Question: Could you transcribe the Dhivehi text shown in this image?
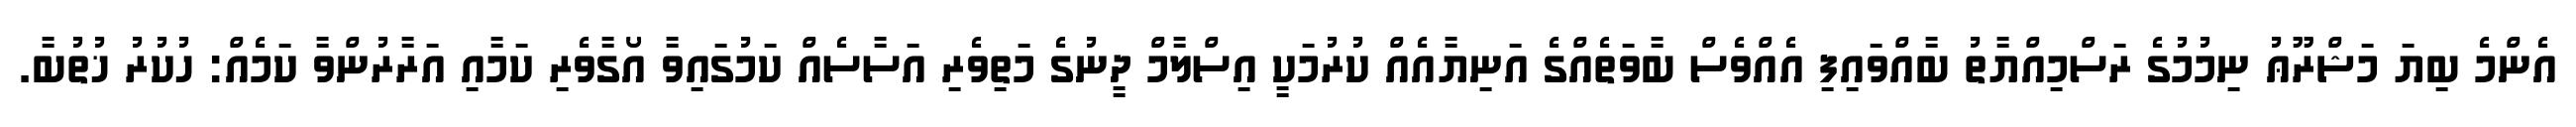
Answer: އެންމެ ބިޔަ މަޝްރޫޢު ނިމުމުގެ ރަސްމިއްޔާތު ބާއްވައިފި އެއްވެސް ބާވަތެއްގެ އަނިޔާއެއް ކުރުމަކީ އިސްލާމް ދީނުގެ މަތިވެރި އަސާސެއް ކަމުގައިވާ އޯގާވެރި ކަމާއި އަރާރުންވާ ކަމެއް: ހުކުރު ޚުތުބާ.